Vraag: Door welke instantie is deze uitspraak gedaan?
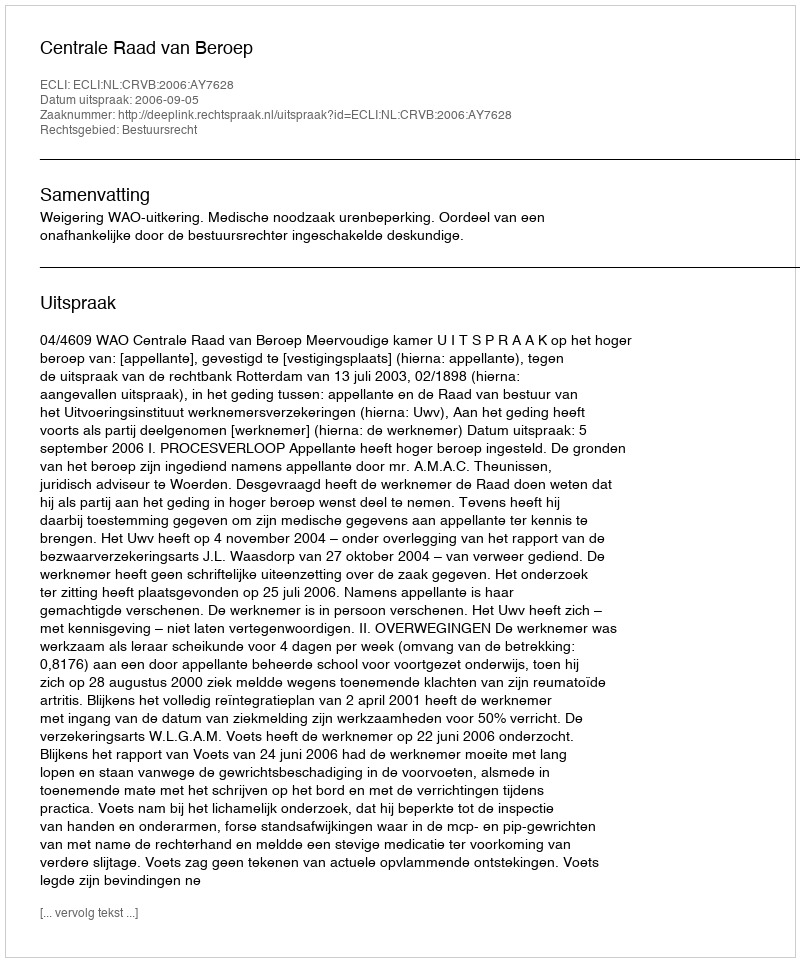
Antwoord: Centrale Raad van Beroep